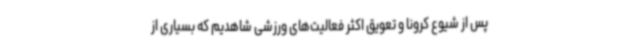
پس از شیوع کرونا و تعویق اکثر فعالیت‌های ورزشی شاهدیم که بسیاری از